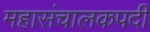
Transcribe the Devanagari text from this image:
महासंचालकपदी